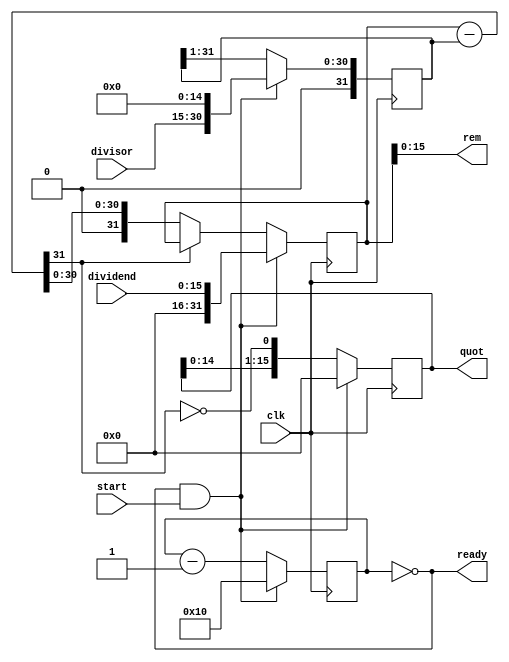
module div_16b (dividend, divisor, start, clk, quot, rem, ready);

input [15:0] dividend;
input [15:0] divisor;
input start, clk;
 
output [15:0] quot;
output [15:0] rem;
output ready;

reg [15:0] quot;
reg [31:0] dividendcopy, divisorcopy, diff;
wire [15:0] rem = dividendcopy[15:0];
reg [16:0] bit;
wire ready = !bit;

initial bit = 0;

always @(posedge clk)
begin
	if(ready&&start) begin
		bit = 16;
		quot = 0;
		dividendcopy = {16'd0,dividend};
		divisorcopy = {1'b0,divisor,15'd0};
	end 
	else begin
		diff = dividendcopy - divisorcopy;
        	quot = { quot[14:0], ~diff[31] };
        	divisorcopy = { 1'b0, divisorcopy[31:1] };
        	if ( !diff[31] ) dividendcopy = diff;
        	bit = bit - 1;
	end
end
endmodule